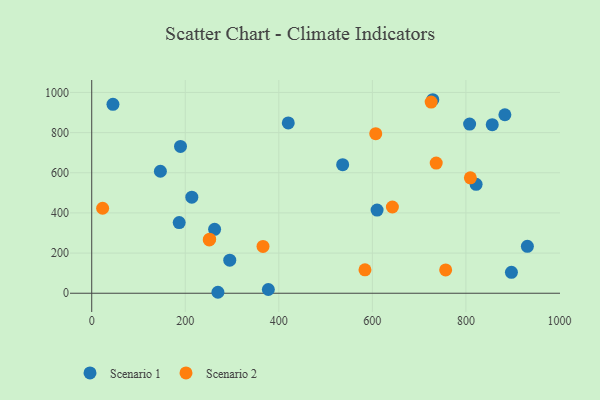
{"axis": {"x": "Study Hours", "y": "Rating"}, "legend": ["Scenario 1", "Scenario 2"], "data": [{"x": "897.3", "y": 104.2, "type": "Scenario 1"}, {"x": "420.2", "y": 848.0, "type": "Scenario 1"}, {"x": "187.0", "y": 351.7, "type": "Scenario 1"}, {"x": "377.6", "y": 18.7, "type": "Scenario 1"}, {"x": "931.4", "y": 233.7, "type": "Scenario 1"}, {"x": "45.4", "y": 940.8, "type": "Scenario 1"}, {"x": "269.8", "y": 4.8, "type": "Scenario 1"}, {"x": "214.0", "y": 478.2, "type": "Scenario 1"}, {"x": "821.8", "y": 542.5, "type": "Scenario 1"}, {"x": "856.3", "y": 839.4, "type": "Scenario 1"}, {"x": "189.8", "y": 730.9, "type": "Scenario 1"}, {"x": "729.2", "y": 963.7, "type": "Scenario 1"}, {"x": "146.8", "y": 607.4, "type": "Scenario 1"}, {"x": "610.1", "y": 414.2, "type": "Scenario 1"}, {"x": "295.1", "y": 164.8, "type": "Scenario 1"}, {"x": "262.7", "y": 318.5, "type": "Scenario 1"}, {"x": "883.3", "y": 888.8, "type": "Scenario 1"}, {"x": "536.5", "y": 640.3, "type": "Scenario 1"}, {"x": "807.9", "y": 842.4, "type": "Scenario 1"}, {"x": "366.2", "y": 232.9, "type": "Scenario 2"}, {"x": "809.5", "y": 574.7, "type": "Scenario 2"}, {"x": "736.5", "y": 648.3, "type": "Scenario 2"}, {"x": "756.7", "y": 116.1, "type": "Scenario 2"}, {"x": "725.7", "y": 951.8, "type": "Scenario 2"}, {"x": "252.1", "y": 269.4, "type": "Scenario 2"}, {"x": "642.8", "y": 429.5, "type": "Scenario 2"}, {"x": "251.3", "y": 265.1, "type": "Scenario 2"}, {"x": "23.3", "y": 423.2, "type": "Scenario 2"}, {"x": "607.2", "y": 794.7, "type": "Scenario 2"}, {"x": "584.2", "y": 116.8, "type": "Scenario 2"}]}